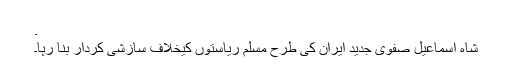
.
شاہ اسماعیل صفوی جدید ایران کی طرح مسلم ریاستوں کیخلاف سازشی کردار بنا رہا۔